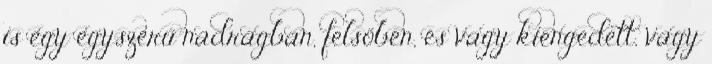
is egy egyszerű nadrágban, felsőben, és vagy kiengedett, vagy